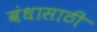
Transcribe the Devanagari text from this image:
बंधासाठी